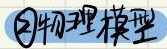
2.物理模型